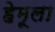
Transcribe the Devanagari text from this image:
हेमूला